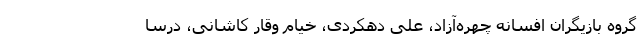
گروه بازیگران افسانه چهره‌آزاد، علی دهکردی، خیام وقار کاشانی، درسا